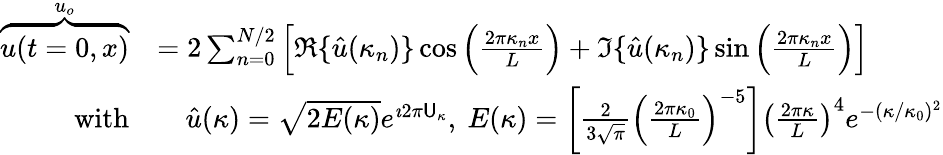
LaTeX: \begin{array}{rl}{\overbrace{u(t=0,x)}^{u_{o}}}&{=2\sum_{n=0}^{N/2}\left[\Re\{ \hat{u}(\kappa_{n})\} \cos\left(\frac{2\pi\kappa_{n}x}{L}\right)+\Im\{ \hat{u}(\kappa_{n})\} \sin\left(\frac{2\pi\kappa_{n}x}{L}\right)\right]}\\ {\mathrm{with}}&{\quad\hat{u}(\kappa)=\sqrt{2E(\kappa)}e^{\imath 2\pi\mathsf{U}_{\kappa}},\ E(\kappa)=\left[\frac{2}{3\sqrt{\pi}}\left(\frac{2\pi\kappa_{0}}{L}\right)^{-5}\right]\left(\frac{2\pi\kappa}{L}\right)^{4}e^{-(\kappa/\kappa_{0})^{2}}}\end{array}